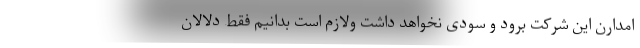
امدارن این شرکت برود و سودی نخواهد داشت ولازم است بدانیم فقط دلالان